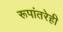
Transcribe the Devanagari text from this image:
रूपांतरेही